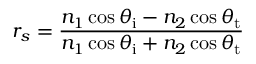
r _ { s } = { \frac { n _ { 1 } \cos \theta _ { \mathrm { i } } - n _ { 2 } \cos \theta _ { \mathrm { t } } } { n _ { 1 } \cos \theta _ { \mathrm { i } } + n _ { 2 } \cos \theta _ { \mathrm { t } } } }